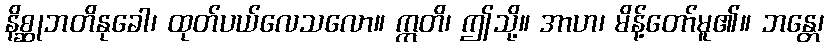
နိစ္ဆုဘတိနုခေါ၊ ထုတ်ပယ်လေသလော။ ဣတိ၊ ဤသို့။ အာဟ၊ မိန့်တော်မူ၏။ ဘန္တေ၊